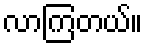
လာကြတယ်။